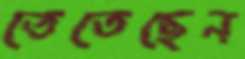
তেতেছেন